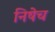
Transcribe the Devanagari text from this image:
निषेच